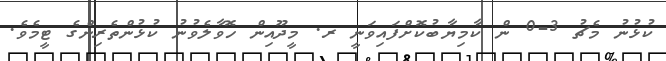
ކުޅުނު މެޗު 3-0 ން ކާމިޔާބުކޮށްފައިވަނީ ރ. މީދޫއިން ހޮވާލެވުނު ކުޅުންތެރިންގެ ޓީމެވެ.